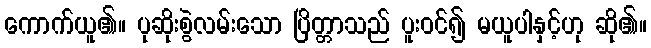
ကောက်ယူ၏။ ပုဆိုးစွဲလမ်းသော ပြိတ္တာသည် ပူးဝင်၍ မယူပါနှင့်ဟု ဆို၏။